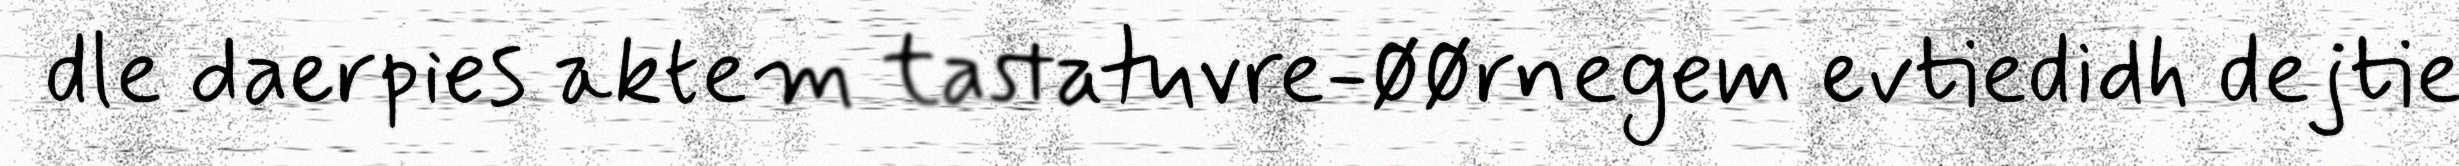
dle daerpies aktem tastatuvre-øørnegem evtiedidh dejtie